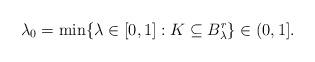
LaTeX: \begin{align*}\lambda_0=\min\{\lambda \in [0,1]: K \subseteq B_\lambda^r\} \in (0,1].\end{align*}